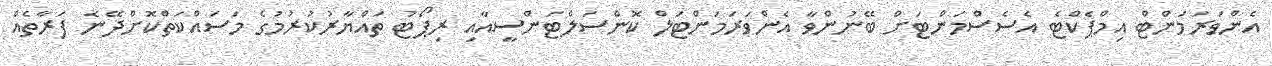
އެންވަރަމަންޓް އިމްޕެކްޓެ އެސެސްމަންޓަށް ބޭނުންވާ އެންވަރަމަންޓަލް ކޮންސަލްޓަންސީއާއި ރިޕޯޓު ތައްޔާރުކުރުމުގެ މަސައްކަތްކޮށްދޭނެ ފަރާތެއް